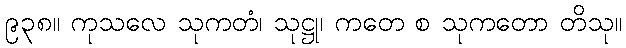
၉၃၈။ ကုသလေ သုကတံ၊ သုဋ္ဌု၊ ကတေ စ သုကတော တိသု။